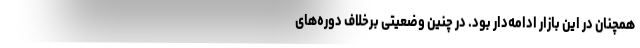
همچنان در این بازار ادامه‌دار بود. در چنین وضعیتی برخلاف دوره‌های